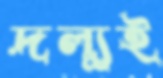
দল্যুই